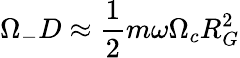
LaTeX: \Omega_{-}D\approx\frac{1}{2}m\omega\Omega_{c}R_{G}^{2}